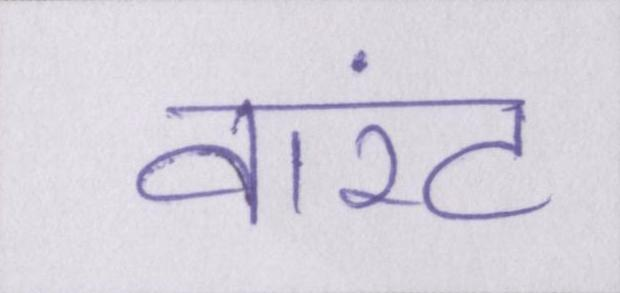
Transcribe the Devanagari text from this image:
वारंट